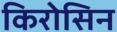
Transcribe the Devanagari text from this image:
किरोसिन